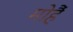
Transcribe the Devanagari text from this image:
मोहैं